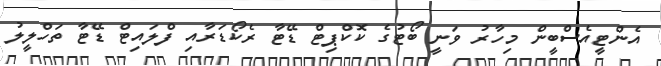
އެންޓީއެސްބީން މިހާރު ވަނީ ބޯޓުގެ ކޮކްޕިޓް ޑޭޓާ ރެކޯޑަރާއި ފްލައިޓް ޑޭޓާ ތަހްލީލު